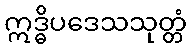
ဣဒ္ဓိပဒေသသုတ္တံ